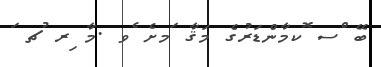
ބޭ ްސ ޮކމާންޑަރުގެ މަޤާ ަމށެ ެވ .މާ ިރ ުޗ ަ